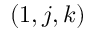
( 1 , j , k )